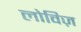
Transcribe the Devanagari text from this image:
लोविज़